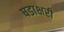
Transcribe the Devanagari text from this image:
षडाक्षरी